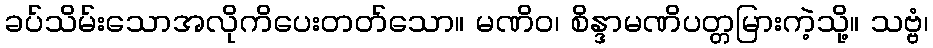
ခပ်သိမ်းသောအလိုကိပေးတတ်သော။ မဏိဝ၊ စိန္ဒာမဏိပတ္တမြားကဲ့သို့။ သဗ္ဗံ၊